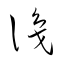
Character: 識